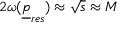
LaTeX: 2 \omega ( { \underline { { p } } } _ { r e s } ) \approx \sqrt s \approx M